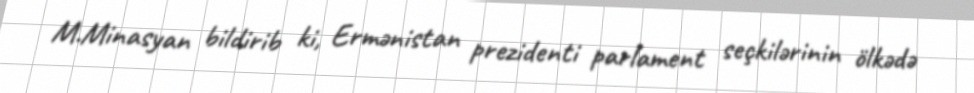
M.Minasyan bildirib ki, Ermənistan prezidenti parlament seçkilərinin ölkədə